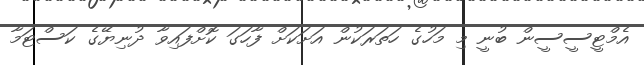
އެމްޓީސީސީން ބުނީ މި މަހުގެ ހަތަރަކުން އަށަކަށް ފާހަގަ ކޮށްފައިވާ ދުނިޔޭގެ ކަސްޓަމާ